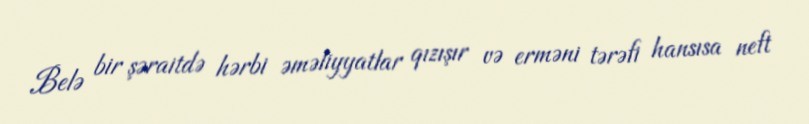
Belə bir şəraitdə hərbi əməliyyatlar qızışır və erməni tərəfi hansısa neft